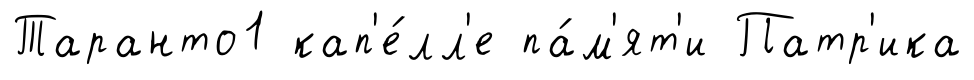
Таранто1 кап'е́лл'е па́м'ят'и Патр'ика